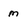
Character: m